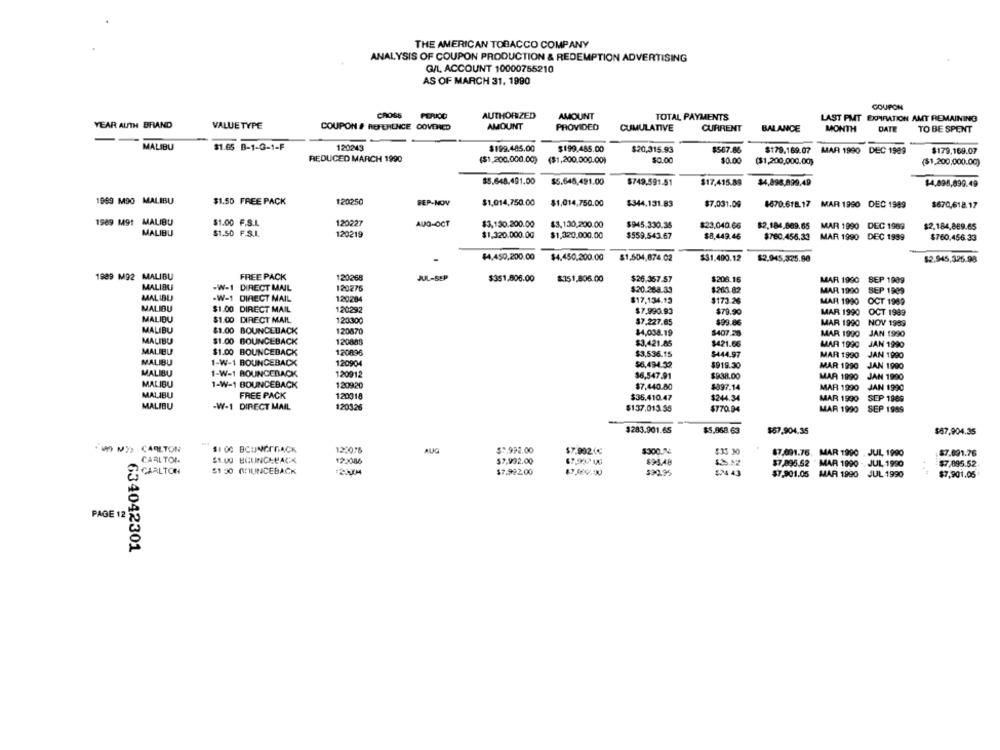
THE AMERICAN TOBACCO COMPANY
ANALYSIS OF COUPON PRODUCTION & REDEMPTION ADVERTISING
Q/L, ACCOUNT 10000755210
AS OF MARCH 31. 1990
COUPON
CROSS
AUTHORIZED
AMOUNT
TOTAL PAYMENTS
LAST PMT EXPIRATION AMT REMAINING
YEAR ALITH BRAND
VALUE TYPE
COUPON # REFERENCE COVERED
AMOUNT
PROVIDED
CUMULATIVE
CURRENT
BALANCE
MONTH
DATE
TO BE SPENT
MALIBU
$1.65 B-1-G-1-F
120243
$199.485.00
$199.485.00
$20,315.93
$567.86
$179,169.07 MAR 1990 DEC 1989
$179,169.07
REDUCED MARCH 1990
($1,200,000.00)
($1,200,000.00)
$0.00
$0.00
($1,200,000.00)
($1,200,000.00)
$5.648.401.00
$5.648,491.00
$749.591.51
$17,415.89
$4,898,899.49
$4,898,899.49
1999 M90 MALIBU
$1.50 FREE PACK
120250
SEP-NOV
$1,014,750.00
$1,014,750.00
$344.131.83
$7.031.09
8670.618.17 MAR 1990 DEC 1989
$670,618.17
1989 M91 MALIBU
$1.00 F.S.L.
120227
AUG-OCT
$3,130.200.00
$3,130,200.00
$945.330.35
$23.040.66
$2,184,869.65
MAR 1990 DEC 1989
$2,184,889.65
MALIBU
$1.50 F.S.L.
120219
$1,320.000.00
$1,320.000.00
$559,543.67
$8,449.46
$760.456.33
MAR 1990 DEC 1999
$760.456.33
44.450,200.00
$4,450,200.00
$1,504,874.02
$31.490.12
$2.945,325.90
$2.945,325.98
1989 M92 MALIBU
FREE PACK
120268
JUL-SEP
$206.16
MALIBU
$351.806.00
$351,806.00
$26.367.57
MAR 1990 SEP 1989
-W-1 DIRECT MAIL
120275
$20.288.33
$263.82
MAR 1990
SEP 1909
MALIBU
-W-1 DIRECT MAIL
120284
$17,134.13
$173.26
MAR 1990 OCT 1989
MALIBU
$1.00 DIRECT MAIL
120292
$7,990.93
$70.90
MAR 1990 OCT 1989
MALIBU
$1.00 DIRECT MAIL
120300
$7.227.65
$99.86
MAR 1990
NOV 1989
MALIBU
$1.00 BOUNCEBACK
$4,038.19
$407.28
MAR 1990
JAN 1990
MALIBU
$1.00 BOUNCEBACK
120888
$3,421.85
$421.66
MAR 1990
JAN 1990
MALIBU
$1.00 BOUNCEBACK
120896
$3,536.15
$444.97
MALIBU
1-W-1 BOUNCEBACK
MAR 1990
JAN 1990
120904
$6.494.32
$919.30
MAR 1990
JAN 1990
MALIBU
1-W-1 BOUNCEBACK
120912
$6,547.91
$938.00
MAR 1990 JAN 1990
MALIBU
1-W-1 BOUNCEBACK
120920
$7,440.80
$897.14
MAR 1990 JAN 1990
MALIBU
FREE PACK
120318
$36,410.47
$244.34
MAR 1990 SEP 1989
MALIBU
-W-1 DIRECT MAIL
120326
$137,013.55
$770.04
MAR 1990 SEP 1989
$283.901.65
$5.968.63
$57,904.35
$67,904.35
W MYS CARLTON
$1 00 BCUNCIRACK
122076
AUG
$7.992.00
$7.9020€
$300.74
$33 30
87.691.76. MAR 1990 . JUL, 1900
$7.691.76
CARLTON.
S1.00 BOUNCEBACK
120086
$7.992.00
67,997 4
$95.48
$7.895.52 ' MAR 1990 -. JUL 1990
CARLTON
$1 :30 OUNCEBACK
$7.922.00
$30.95
524 43
$7.901.05
MAR 1990 JUL 1990
$7,901.05
PAGE 12
634042301